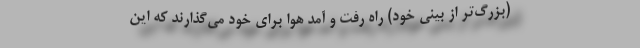
(بزرگ‌تر از بینی خود) راه رفت و آمد هوا برای خود می‌گذارند که این